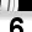
Digit: 6